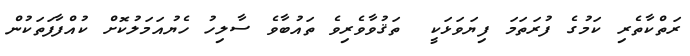
ރަތްކާތެރި ކަމުގެ ފުރަތަމަ ފިޔަވަޅަކީ  ތަޤުވާވެރިވެ ތައުބާވެ ސާލިހު ހެޔުއަމަލުކޮށް ކުއްފާފަތަކުން